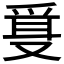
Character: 𰇂